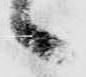
々